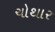
ચોથાર